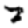
Digit: 7